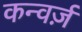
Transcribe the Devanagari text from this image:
कन्वर्ज़